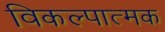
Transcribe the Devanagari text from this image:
विकल्पात्मक